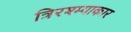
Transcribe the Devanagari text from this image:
त्रिरश्म्याकार